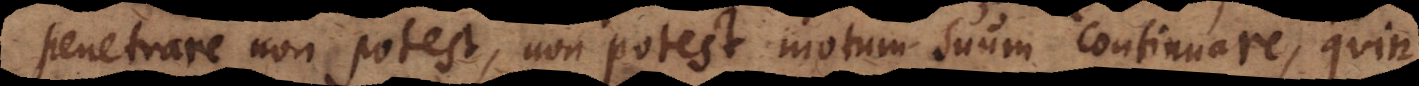
penetrare non potest, non potest motum suum continuare, quin